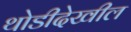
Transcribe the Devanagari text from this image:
थोडीदेखील